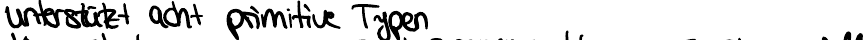
unterstützt acht primitive Typen